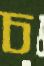
চ